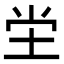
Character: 坣